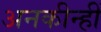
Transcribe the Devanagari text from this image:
अनकीन्‍हीं